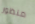
منظور